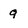
Character: 9